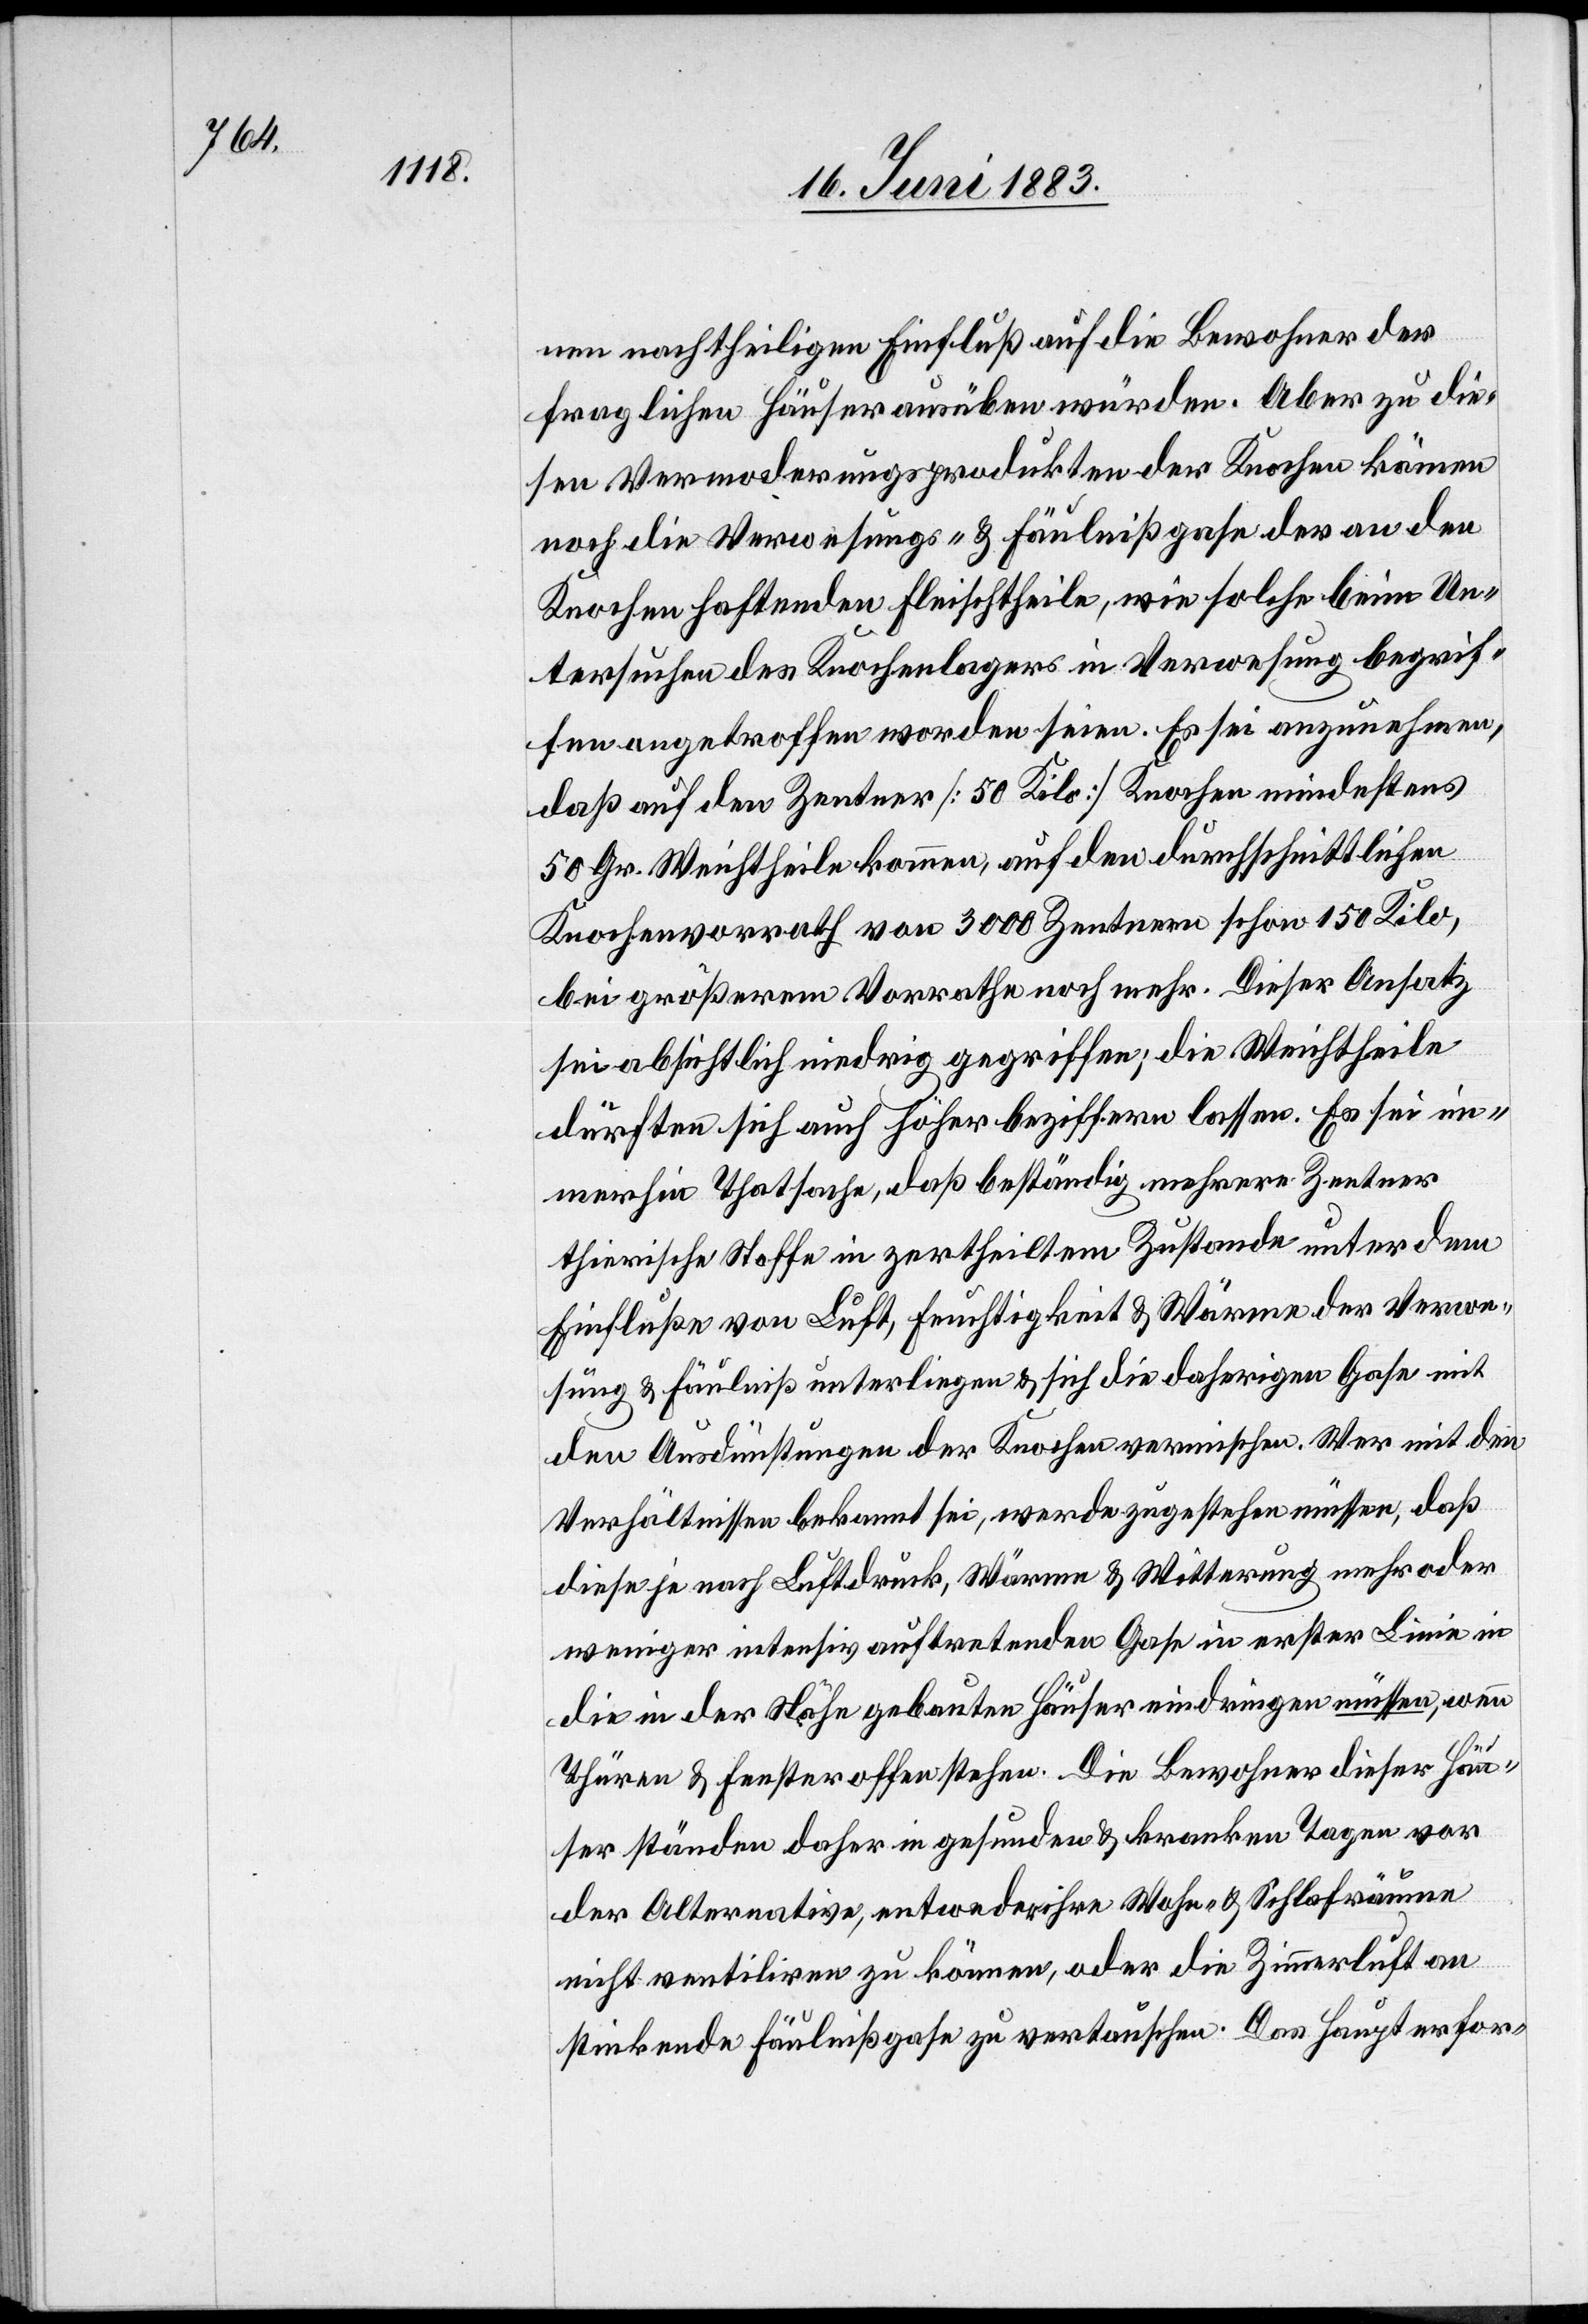
nen nachtheiligen Einfluß auf die Bewohner der
fraglichen Häuser ausüben würden. Aber zu die¬
sen Vermoderungsprodukten der Knochen kämen
noch die Verwesungs- & Fäulnißgase der an den
Knochen haftenden Fleischtheile, wie solche beim Un¬
tersuchen des Knochenlagers in Verwesung begrif¬
fen angetroffen worden seien. Es sei anzunehmen,
daß auf den Zentner [50 Kilo] Knochen mindestens
50 Gr. Weichtheile kommen, auf den durchschnittlichen
Knochenvorrarth von 3000 Zentnern schon 150 Kilo,
bei größerm Vorrate noch mehr. Dieser Ansatz
sei absichtlich niedrig gegriffen; die Weichtheile
dürften sich auch höher beziffern lassen. Es sei im¬
merhin Thatsache, daß beständig mehrere Zentner
thierische Stoffe in zertheiltem Zustande unter dem
Einfluße von Luft, Feuchtigkeit & Wärme der Verwe¬
sung & Fäulniß unterliegen & sich die daherigen Gase mit
den Ausdünstungen der Knochen vermische. Wer mit den
Verhältnissen bekannt sei, werde zugestehen müssen, daß
diese je nach Luftdruck, Wärme & Witterung mehr oder
weniger intensiv auftretende Gase in erster Linie in
die in der Nähe gebauten Häuser eindringen müssen, wenn
Thüren & Fenster offen stehen. Die Bewohner dieser Häu¬
ser ständen daher in gesunden & kranken Tage vor
der Alternative, entweder ihre Wohn- & Schlafräume
nicht ventiliren zu können, oder die Zimmerluft an
stinkende Fäulnißgase zu vertauschen. Das Haupterfor-